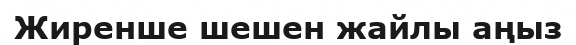
Жиренше шешен жайлы аңыз